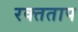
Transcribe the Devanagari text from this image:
रक्तताप